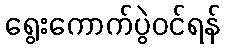
ရွေးကောက်ပွဲဝင်ရန်